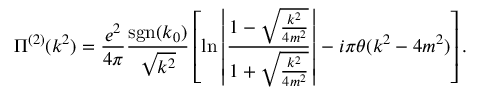
\Pi ^ { ( 2 ) } ( k ^ { 2 } ) = \frac { e ^ { 2 } } { 4 \pi } \frac { \mathrm { s g n } ( k _ { 0 } ) } { \sqrt { k ^ { 2 } } } \left[ \ln \left| \frac { 1 - \sqrt { \frac { k ^ { 2 } } { 4 m ^ { 2 } } } } { 1 + \sqrt { \frac { k ^ { 2 } } { 4 m ^ { 2 } } } } \right| - i \pi \theta ( k ^ { 2 } - 4 m ^ { 2 } ) \right] .